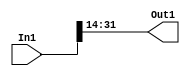
// -------------------------------------------------------------
// 
// 
// Generated by MATLAB 8.2 and HDL Coder 3.3
// 
// -------------------------------------------------------------


// -------------------------------------------------------------
// 
// Module: controllerHdl_Convert_Data_Type
// Source Path: controllerHdl/Field_Oriented_Control/Open_Loop_Control/Generate_Position_And_Voltage_Ramp/Frequency_To_Volts/Convert_Data_Type
// Hierarchy Level: 6
// 
// -------------------------------------------------------------

`timescale 1 ns / 1 ns

module controllerHdl_Convert_Data_Type
          (
           In1,
           Out1
          );


  input   signed [31:0] In1;  // sfix32_En21
  output  signed [17:0] Out1;  // sfix18_En7


  wire signed [17:0] Data_Type_Conversion_out1;  // sfix18_En7


  // <S26>/Data Type Conversion
  assign Data_Type_Conversion_out1 = In1[31:14];



  assign Out1 = Data_Type_Conversion_out1;

endmodule  // controllerHdl_Convert_Data_Type